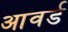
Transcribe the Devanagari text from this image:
आवर्ड